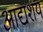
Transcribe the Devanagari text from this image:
आद्यशय